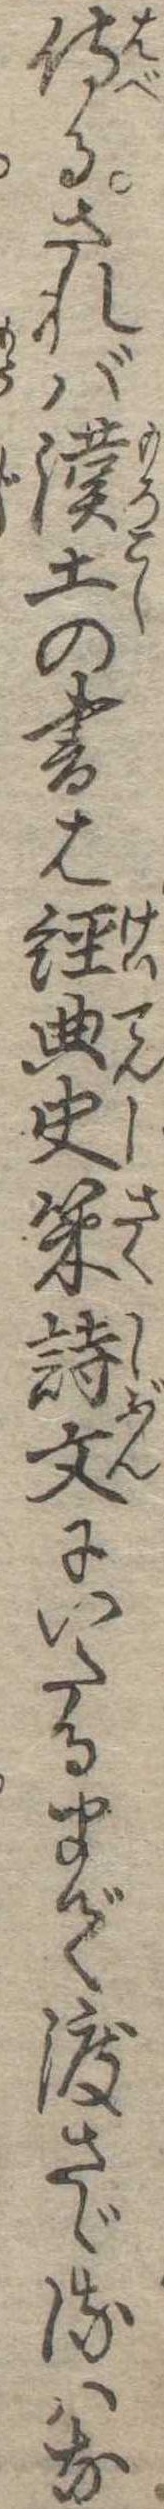
侍るされば漢土の書は経典史策詩文にいたるまで渡さゞるはな